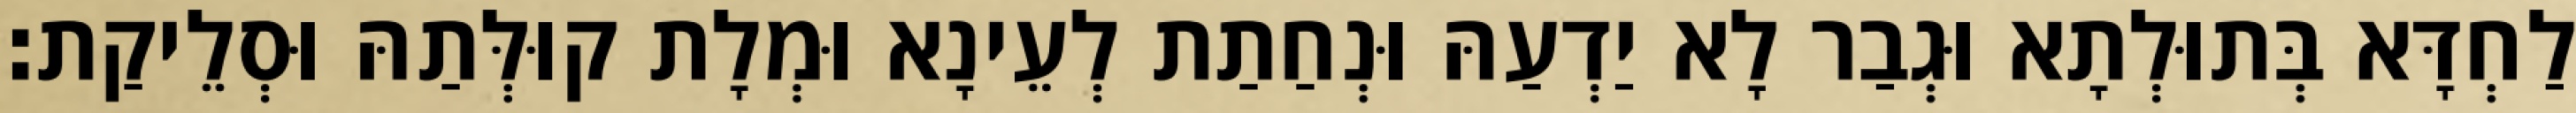
לַחְדָּא בְּתוּלְתָא וּגְבַר לָא יַדְעַהּ וּנְחַתַת לְעֵינָא וּמְלָת קוּלְּתַהּ וּסְלֵיקַת׃